Code of medical and sanitary regulations for the guidance of medical officers serving in the Madras Presidency - Volume I
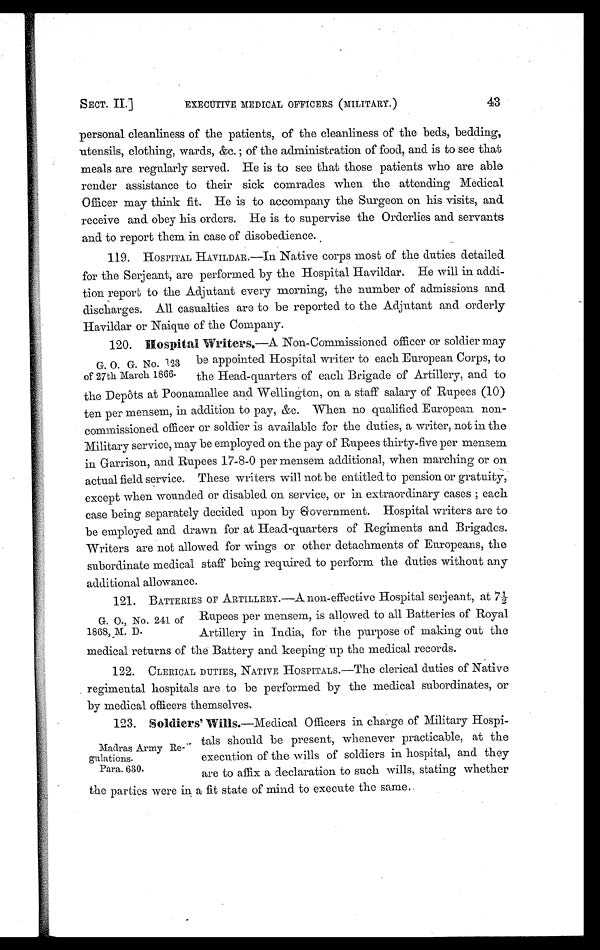
SECT. II
EXECUTIVE MEDICAL OFFICERS (MILITARY.)
43
personal cleanliness of the patients, of the cleanliness of the beds, bedding,
utensils, clothing, wards, &c. of the administration of food, and is to see that
meals are regularly served. He is to see that those patients who are able
render assistance to their sick comrades when the attending Medical
Officer may think fit. He is to accompany the Surgeon on his visits, and
receive and obey his orders. He is to supervise the Orderlies and servants
and to report them in case of disobedience.
119. HOS P I T AL HAVI L DAR . —I n Na t i v e c o r p s mo s t o f t h e d u t i e s d e t a i l e d
for the Serjeant, are performed by the Hospital Havildar. He will in addi-
tion report to the Adjutant every morning, the number of admissions and
discharges. All casualties are to be reported to the Adjutant and orderly
Havildar or Nainue of the Company.
120.
Hospital Writers.—A Non-Commissioned officer or soldier may
be appointed Hospital writer to each European Corps, to
the Head-quarters of each Brigade of Artillery, and to
the Depôts at Poonamallee and Wellington, on a staff salary of Rupees (10)
ten per mensem, in addition to pay, &c. When no qualified European non-
commissioned officer or soldier is available for the duties, a writer, not in the
Military service, may be employed on the pay of Rupees thirty-five per mensem
in Garrison, and Rupees 17-8-0 per mensem additional, when marching or on
actual field service. These writers will not be entitled to pension or gratuity,
except when wounded or disabled on service, or in extraordinary cases ; each
case being separately decided upon by 'Government. Hospital writers are to
be employed and drawn for at Head-quarters of Regiments and Brigades.
Writers are not allowed for wings or other detachments of Europeans, the
subordinate medical staff being required to perform the duties without any
additional allowance.
121. BATTERIES OF ARTILLERY.—A non-effective Hospital serjeant, at 7½
Rupees per mensem, is allowed to all Batteries of Royal
Artillery in India, for the purpose of making out the
medical returns of the Battery and keeping up the medical records.
122. CLERICAL DUTIES, NATIVE HOSPITALS.—The clerical duties of Native
regimental hospitals are to be performed by the medical subordinates, or
by medical officers themselves.
123. Soldiers' Wills.—Medical Officers in charge of Military Hospi-
tals should be present, whenever practicable, at the
execution of the wills of soldiers in hospital, and they
are to affix a declaration to such wills, stating whether
the parties were in a fit state of mind to execute the same.
G. O. G. No. 123
of 27th March 1866.
G. O., No. 241 of
1868, M. D.
Madras Army Re-
gulations.
Para. 630.